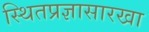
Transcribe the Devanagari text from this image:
स्थितप्रज्ञासारखा